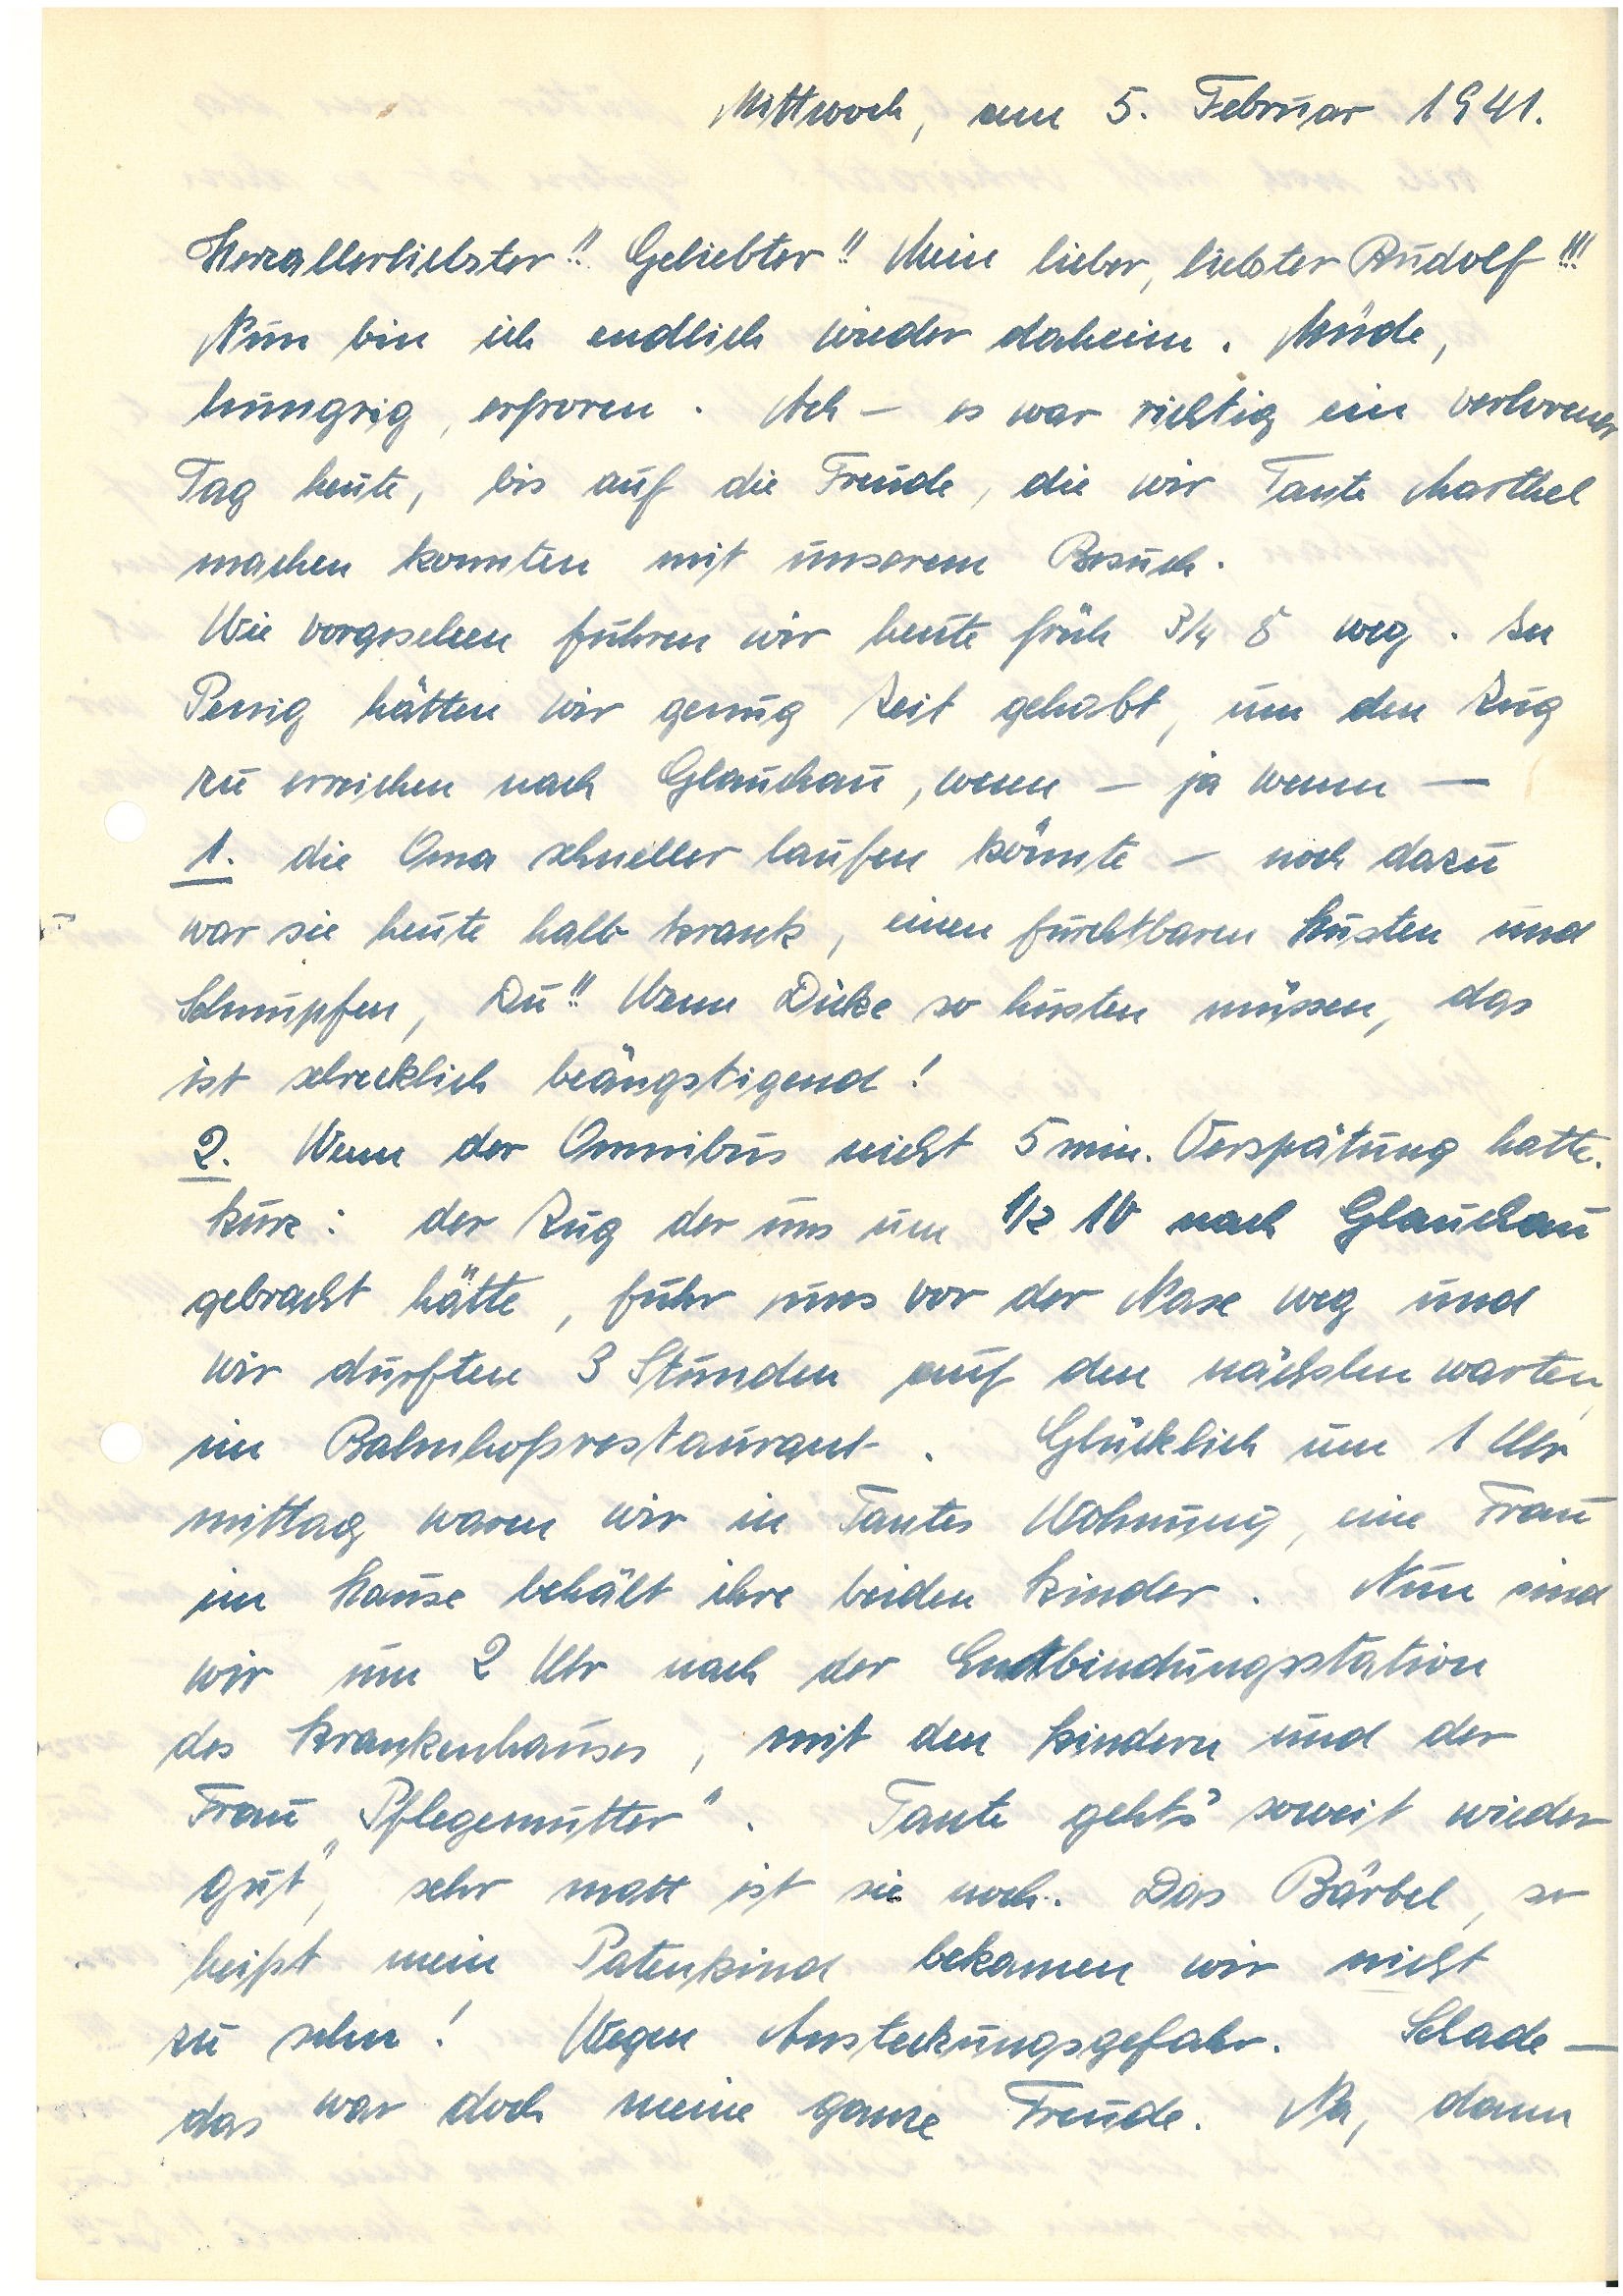
Mittwoch, am 5. Februar 1941.
Herzallerliebster!! Geliebter!! Mein lieber, liebster !!!
Nun bin ich endlich wieder daheim. Müde,
hungrig, erfroren. Ach – es war richtig ein verlorener
Tag heute, bis auf die Freude, die wir Tante M.
machen konnten mit unserem Besuch.
Wie vorgesehen fuhren wir heute früh 3/4 8 weg. In
P. hätten wir genug Zeit gehabt, um den Zug
zu erreichen nach G., wenn – ja wenn –
1. die Oma schneller laufen könnte – noch dazu
war sie heute halb krank, einen furchtbaren Husten und
Schnupfen, Du!! Wenn Dicke so husten müssen, das
ist schrecklich beängstigend!
2. Wenn der Omnibus nicht 5 min. Verspätung hatte.
Kurz: der Zug der uns um 1/2 10 nach G.
gebracht hätte, fuhr uns vor der Nase weg und
wir durften 3 Stunden auf den nächsten warten,
im Bahnhofsrestaurant. Glücklich um 1 Uhr
mittag waren wir in Tantes Wohnung, eine Frau
im Hause behält ihre beiden Kinder. Nun sind
wir um 2 Uhr nach der Entbindungsstation
des Krankenhauses, mit den Kindern und der
Frau “Pflegemutter”. Tante geht’s soweit wieder
gut, sehr matt ist sie noch. Das Bärbel, so
heißt mein Patenkind bekamen wir nicht
zu sehen! Wegen Ansteckungsgefahr. Schade –
das war doch meine ganze Freude. Na, dann